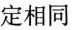
一定相同